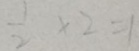
\frac { 1 } { 2 } \times 2 = 1